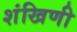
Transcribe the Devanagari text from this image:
शंखिणी